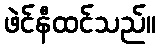
ဖဲင်နီထင်သည်။